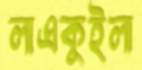
লাএকুইলা